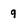
Character: q